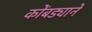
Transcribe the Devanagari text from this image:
कोंबड्याने